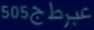
505عبرطج